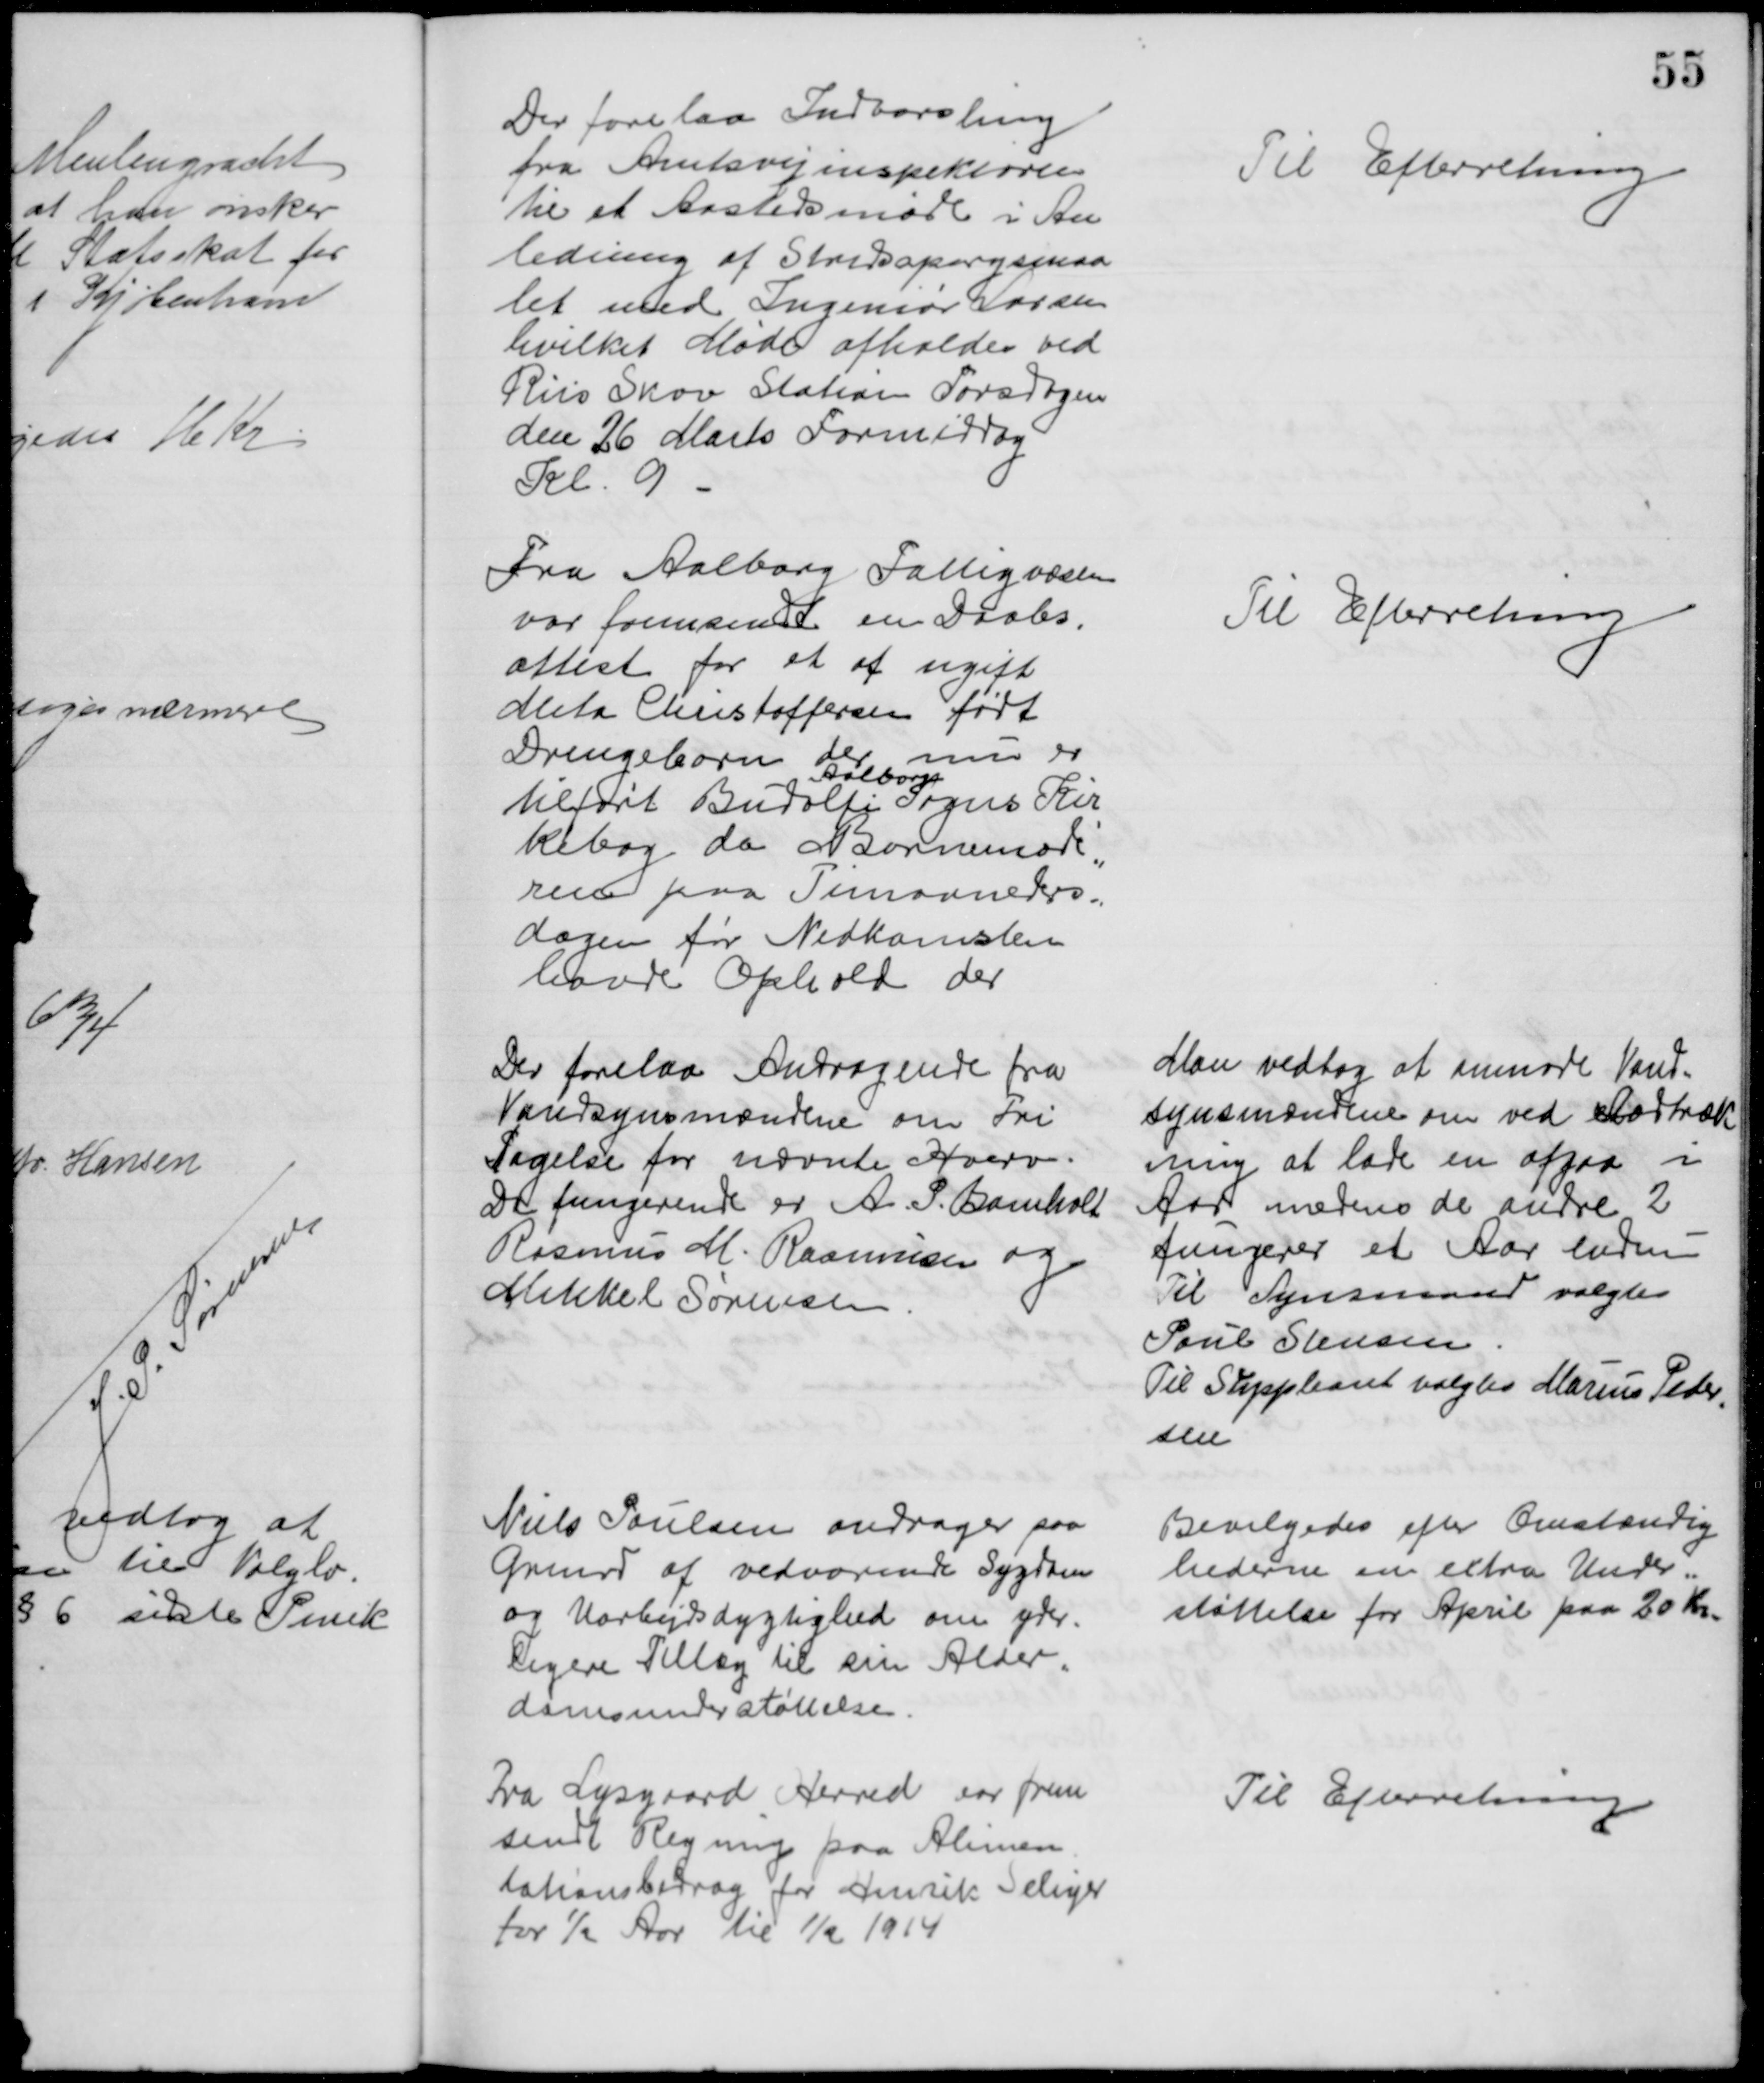
Transskription:
Der forelaa Indvarsling
fra Amtsvejinspektøren
til et Aastedsmøde i An
ledning af Stridsspørgsmaa
let med Ingeniør Larsen
hvilket Møde afholdes ved
Riis Skov Station Torsdagen
den 26 Marts Formiddag
Kl. 9
Til Efterretning
Fra Aalborg Fattigvæsen
var fremsendt en Daabs-
attest for et af ugift
Meta Christoffersen født
Drengebarn der nu er
tilført Budolfi 
Aalborg
Sogns Kir
kebog da Barnemode
=
ren paa Timaaneders=
dagen før Nedkomsten
havde Ophold der
Til Efterretning
Der forelaa Andragende fra
Vandsynsmændene om Fri
tagelse for nævnte Hverv.
De fungerende er A. P. Bomholt
Rasmus M. Rasmussen og
Mikkel Sørensen
Man vedtog at anmode Vand-
synsmændene om ved Lodtræk
ning at lade en afgaa i
Aar medens de andre 2
fungerer et Aar endnu
Til Synsmand valgtes
Poul Stensen
Til Suppleant valgtes Marius Peder
=
sen
Niels Poulsen andrager paa
Grund af vedvarende Sygdom
og Uarbejdsdygtighed om yder-
ligere Tillæg til sin Alder-
domsunderstøttelse.
Bevilgedes efter Omstændig
hederne en extra Under=
støttelse for April paa 20 Kr.
Fra Lysgaard Herred var frem
sendt Regning paa Alimen
tationsbidrag for Henrik Seliger
for ½ Aar til 1/2 1914
Til Efterretning